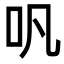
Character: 㕨